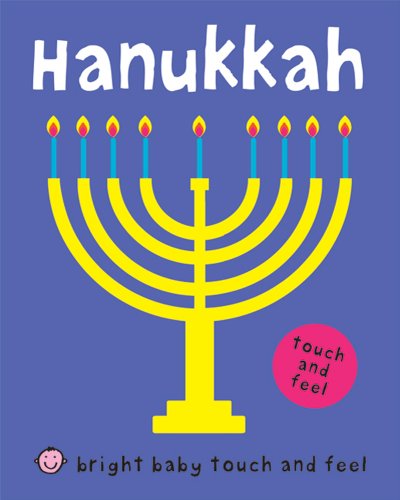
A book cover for Bright Baby Touch and Feel Hanukkah; Roger Priddy; Children's Books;